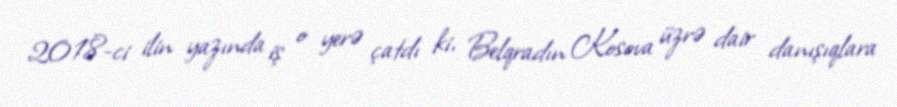
2018-ci ilin yazında iş o yerə çatdı ki, Belqradın Kosova üzrə dair danışıqlara